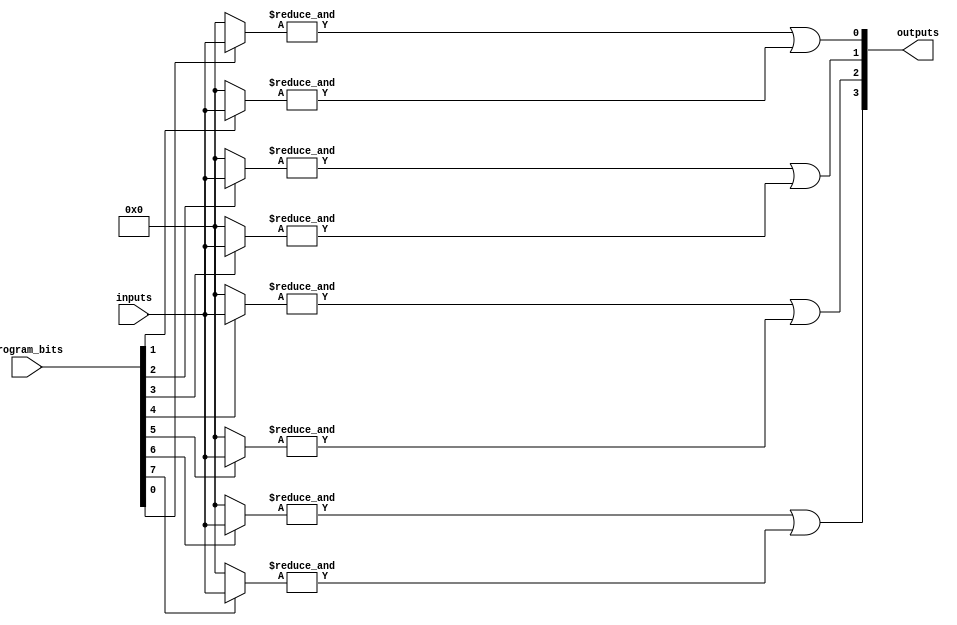
module flash_programmable_pal #(
    parameter NUM_INPUTS = 4,     // Number of input signals
    parameter NUM_AND_GATES = 8,   // Number of programmable AND gates
    parameter NUM_OR_GATES = 4      // Number of fixed OR gates
)(
    input wire [NUM_INPUTS-1:0] inputs,        // Input lines
    input wire [NUM_AND_GATES-1:0] program_bits, // Programming bits for AND gates
    output wire [NUM_OR_GATES-1:0] outputs      // Output lines
);

// Internal wires for AND gate outputs
wire [NUM_AND_GATES-1:0] and_outputs;

// Programmable AND array
genvar i;
generate
    for (i = 0; i < NUM_AND_GATES; i = i + 1) begin : and_array
        wire [NUM_INPUTS-1:0] and_inputs;
        
        // Determine inputs for each AND gate based on program bits
        assign and_inputs = program_bits[i] ? inputs : {NUM_INPUTS{1'b0}};
        
        // AND gate functionality
        assign and_outputs[i] = &and_inputs; // AND operation
    end
endgenerate

// Fixed OR array
genvar j;
generate
    for (j = 0; j < NUM_OR_GATES; j = j + 1) begin : or_array
        // Example: Each OR gate can connect to a subset of AND gates
        // This can be customized according to design requirements
        assign outputs[j] = or_logic(j, and_outputs);
    end
endgenerate

// OR logic function to define how AND outputs connect to OR gates
function or_logic;
    input integer or_index;
    input [NUM_AND_GATES-1:0] and_outputs;
    
    case (or_index)
        0: or_logic = and_outputs[0] | and_outputs[1]; // Example connections
        1: or_logic = and_outputs[2] | and_outputs[3];
        2: or_logic = and_outputs[4] | and_outputs[5];
        3: or_logic = and_outputs[6] | and_outputs[7];
        default: or_logic = 1'b0;
    endcase
endfunction

endmodule